Investigations on Bengal jail dietaries - Number 37
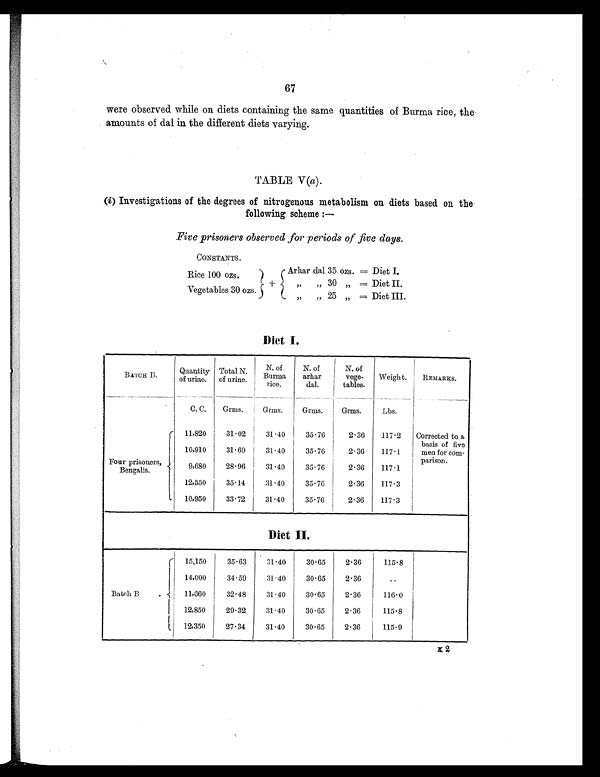
67
were observed while on diets containing the same quantities of Burma rice, the
amounts of dal in the different diets varying.
TABLE V (a).
(i ) Investigations of the degrees of nitrogenous metabolism on diets based on the
following scheme:—
Five prisoners observed for periods of five days.
CONSTANTS.
Rice 100 ozs.
Arhar dal 35 ozs. = Diet I.
+
„ „ 30 „ = Diet II.
Vegetables 30 ozs.
„ „ 25 „ = Diet III.
Diet I.
BATCH B.
Quantity
of urine.
Total N.
of urine.
N. of
Burma
rice.
N. of
arhar
dal.
N. of
vege-
tables.
Weight.
REMARKS.
C. C.
Grms.
Grms.
Grms.
Grms.
Lbs.
Four prisoners,
Bengalis.
11,820
31.02
31.40
35.76
2.36
117.2
Corrected to a
basis of five
men for com-
parison.
10,910
31.69
31.40
35.76
2.36
117.1
9,680
28.96
31.40
35.76
2.36
117.1
12,550
35.14
31.40
35.76
2.36
117.3
10,950
33.72
31.40
35.76
2.36
117.3
Diet II.
Batch B
.
15,150
35.63
31.40
30.65
2.36
115.8
14,000
34.59
31.40
30.65
2.36
..
11,660
32.48
31.40
30.65
2.36
116.0
12,850
29.32
31.40
30.65
2.36
115.8
12,350
27.34
31.40
30.65
2.36
115.9
K 2